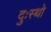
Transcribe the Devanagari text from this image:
दुःस्थो